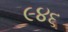
૯૪૬